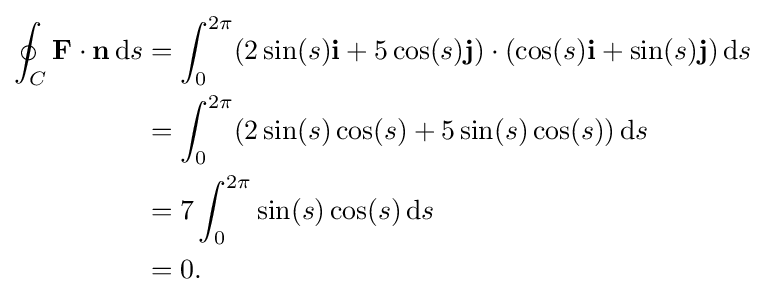
{\begin{aligned}\oint _{C}\mathbf {F} \cdot \mathbf {n} \,\mathrm {d} s&=\int _{0}^{2\pi }(2\sin(s)\mathbf {i} +5\cos(s)\mathbf {j} )\cdot (\cos(s)\mathbf {i} +\sin(s)\mathbf {j} )\,\mathrm {d} s\\&=\int _{0}^{2\pi }(2\sin(s)\cos(s)+5\sin(s)\cos(s))\,\mathrm {d} s\\&=7\int _{0}^{2\pi }\sin(s)\cos(s)\,\mathrm {d} s\\&=0.\end{aligned}}